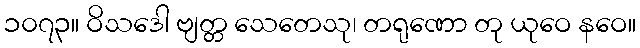
၁၀၇၃။ ဝိသဒေါ ဗျတ္တ သေတေသု၊ တရုဏော တု ယုဝေ နဝေ။